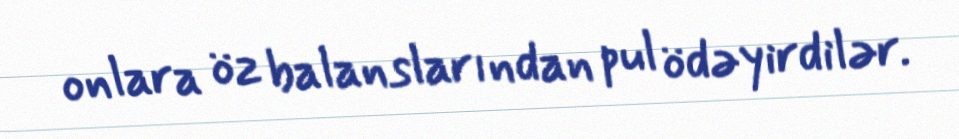
onlara öz balanslarından pul ödəyirdilər.